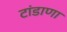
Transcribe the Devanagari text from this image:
टांडाणा